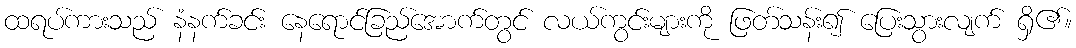
ထရပ်ကားသည် နံနက်ခင်း နေရောင်ခြည်အောက်တွင် လယ်ကွင်းများကို ဖြတ်သန်း၍ ပြေးသွားလျက် ရှိ၏။